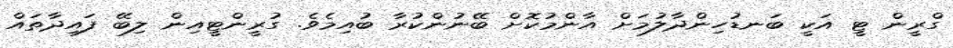
ގްރީން ޓީ އަކީ ބަނޑުހިންދާލުމަށް އާންމުކޮށް ބޭނުންކުރާ ބުއިމެވެ. ގުރީންޓީއިން ލިބޭ ފައިދާތައް